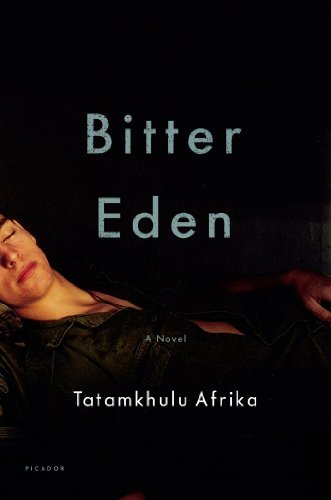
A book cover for Bitter Eden: A Novel; Tatamkhulu Afrika; Literature & Fiction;